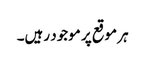
ہر موقع پر موجود رہیں۔